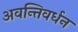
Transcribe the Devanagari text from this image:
अवन्तिवर्धन